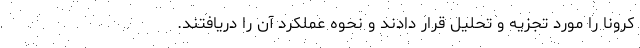
کرونا را مورد تجزیه و تحلیل قرار دادند و نحوه عملکرد آن را دریافتند.